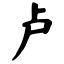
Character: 卢